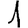
Digit: 1